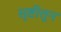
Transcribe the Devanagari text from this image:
सृष्टीतून